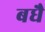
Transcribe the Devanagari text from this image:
बधै